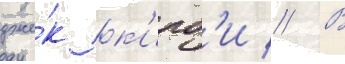
дже́к к'ирб'и // В